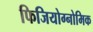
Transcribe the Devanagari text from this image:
फिजियोग्नोमिक